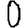
Digit: 0